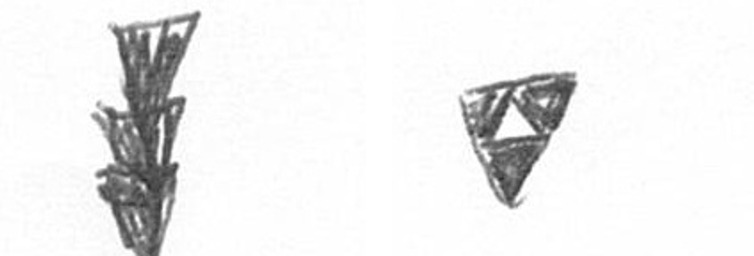
E S